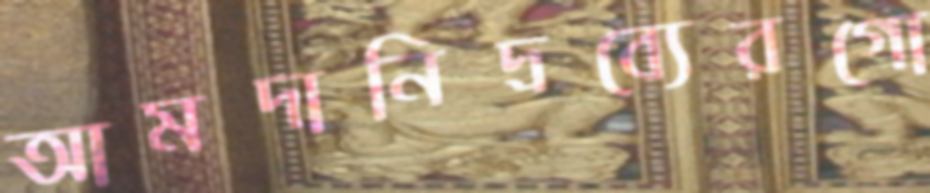
আমদানিদ্রব্যেরগো